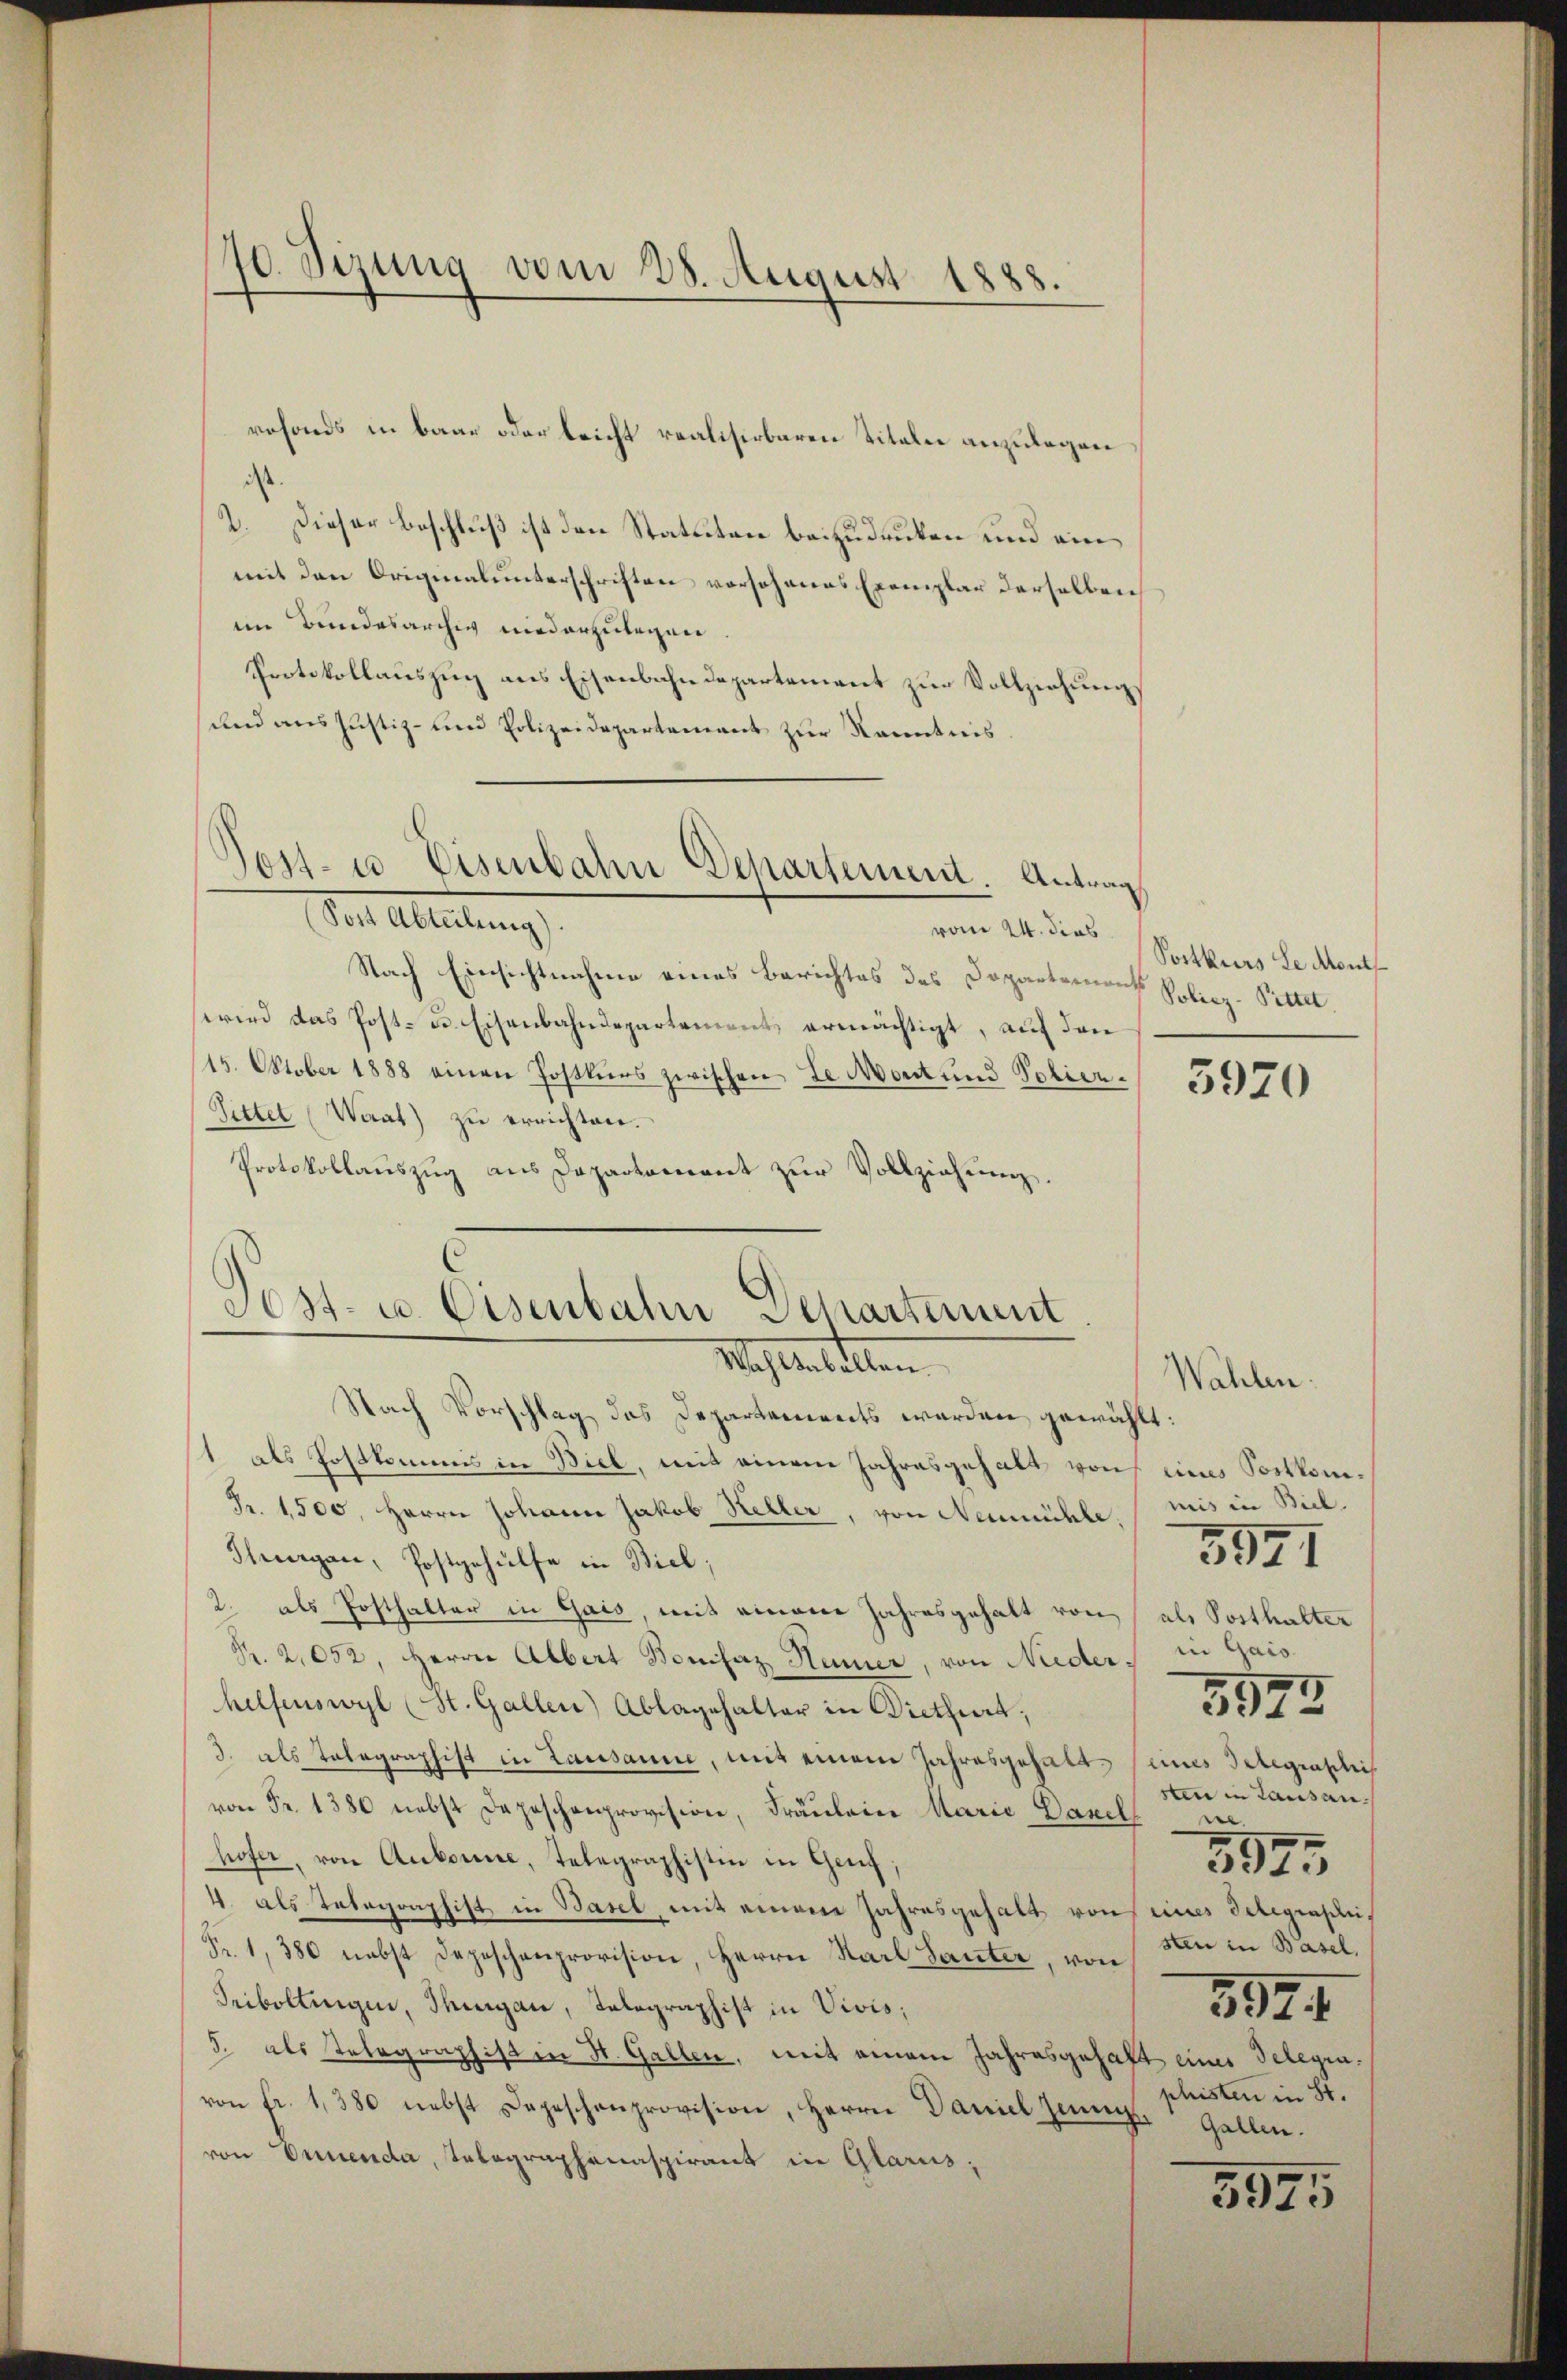
70. Sizung vom 28. August 1888.

rofonds in baar oder leicht realiserbaren Titaler anzulegen
2. Dieser Beschluß ist den Statuten beizudrucken und ein
mit den Originalunterschriften vorschanes Exemplar derselben
im Bundesarchig niederzulegen
Protokollauszug aus Eisenbahndepartement zur Vollziehung
und aus Justiz- und Polizeidepartement zur Kenntnis.
Vor Alleitung
vom 24. dies
Nach Einsichtnahme eines Berichtes des Dopartemons Poliez-Petter,
wird das Post- u. Eisenbahndepartement ermächtigt, auf den
115. Oktober 1888 einen Postkŭrs zwischen Se. Mont und Schier. 5570
Sittet (Waat) zu errichten.
Protokollauszug aus Departement zur Vollziehung.
Post- u. Eisenbahn Departement

Jos. 10 Eisenbahn Departement. Antrag

Mahlenbitten

Postkurs Le dont

Nach Vorschlag des Departements werden gewählt:
1 als Postkommis in Biel, mit einem Jahresgehalt von eines Sortkom¬
Fr. 1500, Herrn Johann Jakob Keller, von Neumühle, mis in Biel,
Thurgau, Postgehülfe in Biel;
2. als Posthalter in Gais, mit einem Jahresgehalt von (als Posthalter
Pr. 2,052, Herrn Albert Bonifaz Hüner, von Nider, in Gais
helfenswyl (St. Gallen) Ablagehalter in Diethert;
3. als Telegraphist in Lausanne, mit einem Jahresgehalt eines Telegraschi
von Fr. 1380 nebst Depeschenprovision, Fräuleine Marie Danel
hofer, von Aubonne, Telegraphistin in Genf
4 als Telegraphist in Basel, mit einem Jahresgehalt von seines Telegraschei¬
Fr. 1, 380 nebst Depeschenprovision, Herrn Karl Sauter, von
Seibollingen, Thurgau, Telegraphist in Vivis,
5. als Telegraphist in H. Gallen, mit einem Jahresgehaft einer Gelegiavon fr. 1380 nebst Depeschenprovision, Herrn Daniel Zenn. Gallen.
von Ennenda, Telegraphenaspirant in Glarus,
5975

Wählen.
sten in Lausan
ee
3975
sten in Basel.
592. 4
phisten in St.

5941

5975